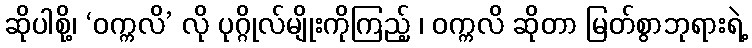
ဆိုပါစို့၊ ‘ဝက္ကလိ’ လို ပုဂ္ဂိုလ်မျိုးကိုကြည့် ၊ ဝက္ကလိ ဆိုတာ မြတ်စွာဘုရားရဲ့